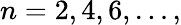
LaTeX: n=2,4,6,\dots,